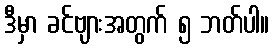
ဒီမှာ ခင်ဗျားအတွက် ၅ ဘတ်ပါ။